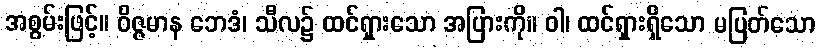
အစွမ်းဖြင့်။ ဝိဇ္ဇမာန ဘေဒံ၊ သီလ၌ ထင်ရှားသော အပြားကို။ ဝါ၊ ထင်ရှားရှိသော မပြတ်သော